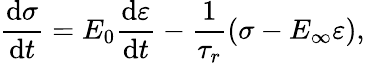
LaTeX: \frac{\mathrm{d}\sigma}{\mathrm{d}t}=E_{0}\frac{\mathrm{d}\varepsilon}{\mathrm{d}t}-\frac{1}{\tau_{r}}(\sigma-E_{\infty}\varepsilon),